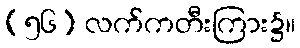
(၅၆) လက်ကတီးကြား၌။